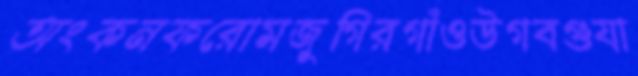
অংকনফরোমজুগিরগাঁওউগবগুযা